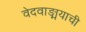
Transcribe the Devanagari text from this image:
वेदवाङ्मयाची